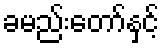
ခမည်းတော်နှင့်